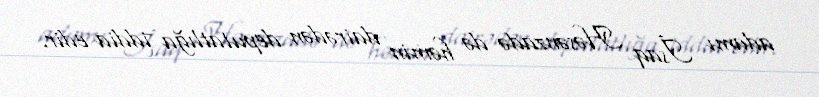
adamı İsaq Həsənzadə də həmin dairədən deputatlığa iddia edir.